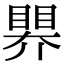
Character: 𥉁